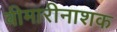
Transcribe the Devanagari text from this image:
बीमारीनाशक